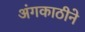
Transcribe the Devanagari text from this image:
अंगकाठीने